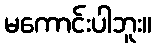
မကောင်းပါဘူး။